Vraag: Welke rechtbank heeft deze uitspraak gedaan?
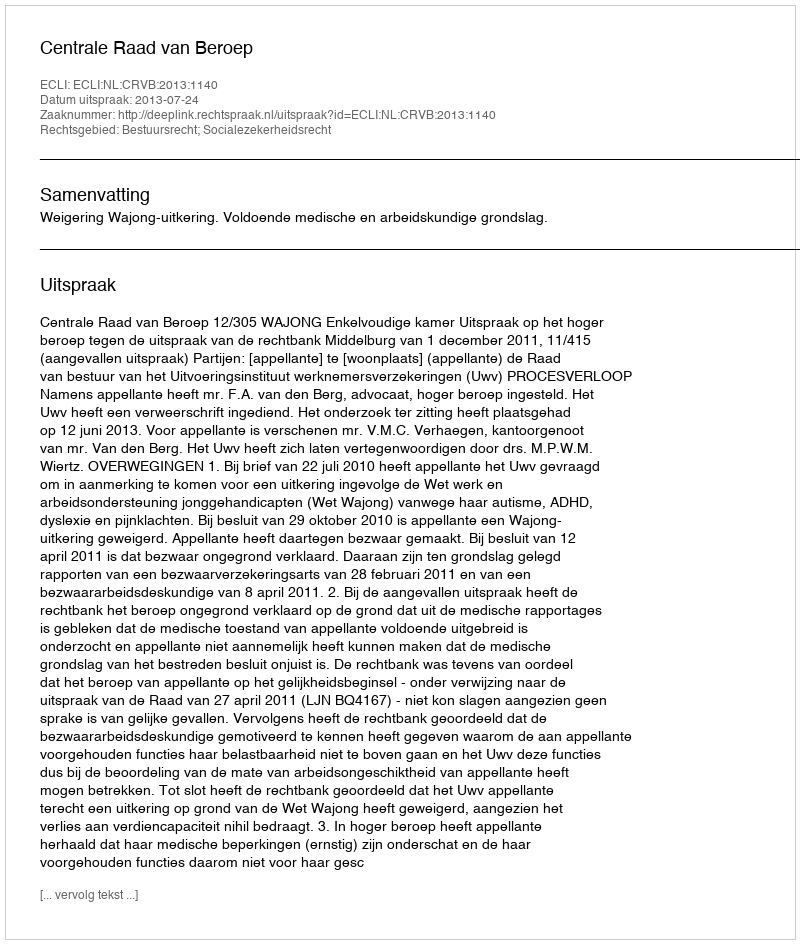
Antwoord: Centrale Raad van Beroep